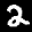
Label: 2